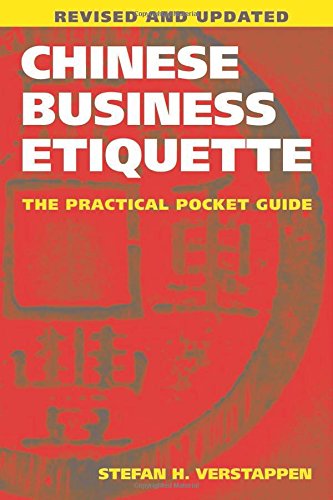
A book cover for Chinese Business Etiquette: The Practical Pocket Guide, Revised and Updated; Stefan H. Verstappen; Business & Money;